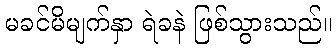
မခင်မိမျက်နှာ ရဲခနဲ ဖြစ်သွားသည်။